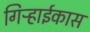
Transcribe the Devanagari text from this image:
गिऱ्हाईकास